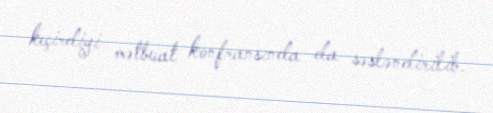
keçirdiyi mətbuat konfransında da səsləndirilib.